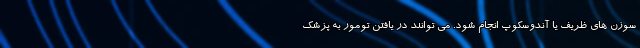
سوزن های ظریف یا آندوسکوپ انجام شود. می توانند در یافتن تومور به پزشک